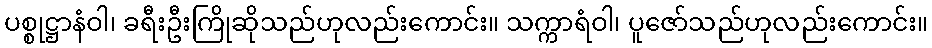
ပစ္စုဋ္ဌာနံဝါ၊ ခရီးဦးကြိုဆိုသည်ဟုလည်းကောင်း။ သက္ကာရံဝါ၊ ပူဇော်သည်ဟုလည်းကောင်း။